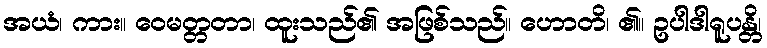
အယံ၊ ကား။ ဝေမတ္တတာ၊ ထူးသည်၏ အဖြစ်သည်။ ဟောတိ၊ ၏။ ဥပါဒါရူပန္တိ၊